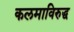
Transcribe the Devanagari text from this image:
कलमाविरुद्ध